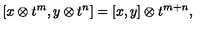
\lbrack x \otimes t ^ { m } , y \otimes t ^ { n } ] = [ x , y ] \otimes t ^ { m + n } ,